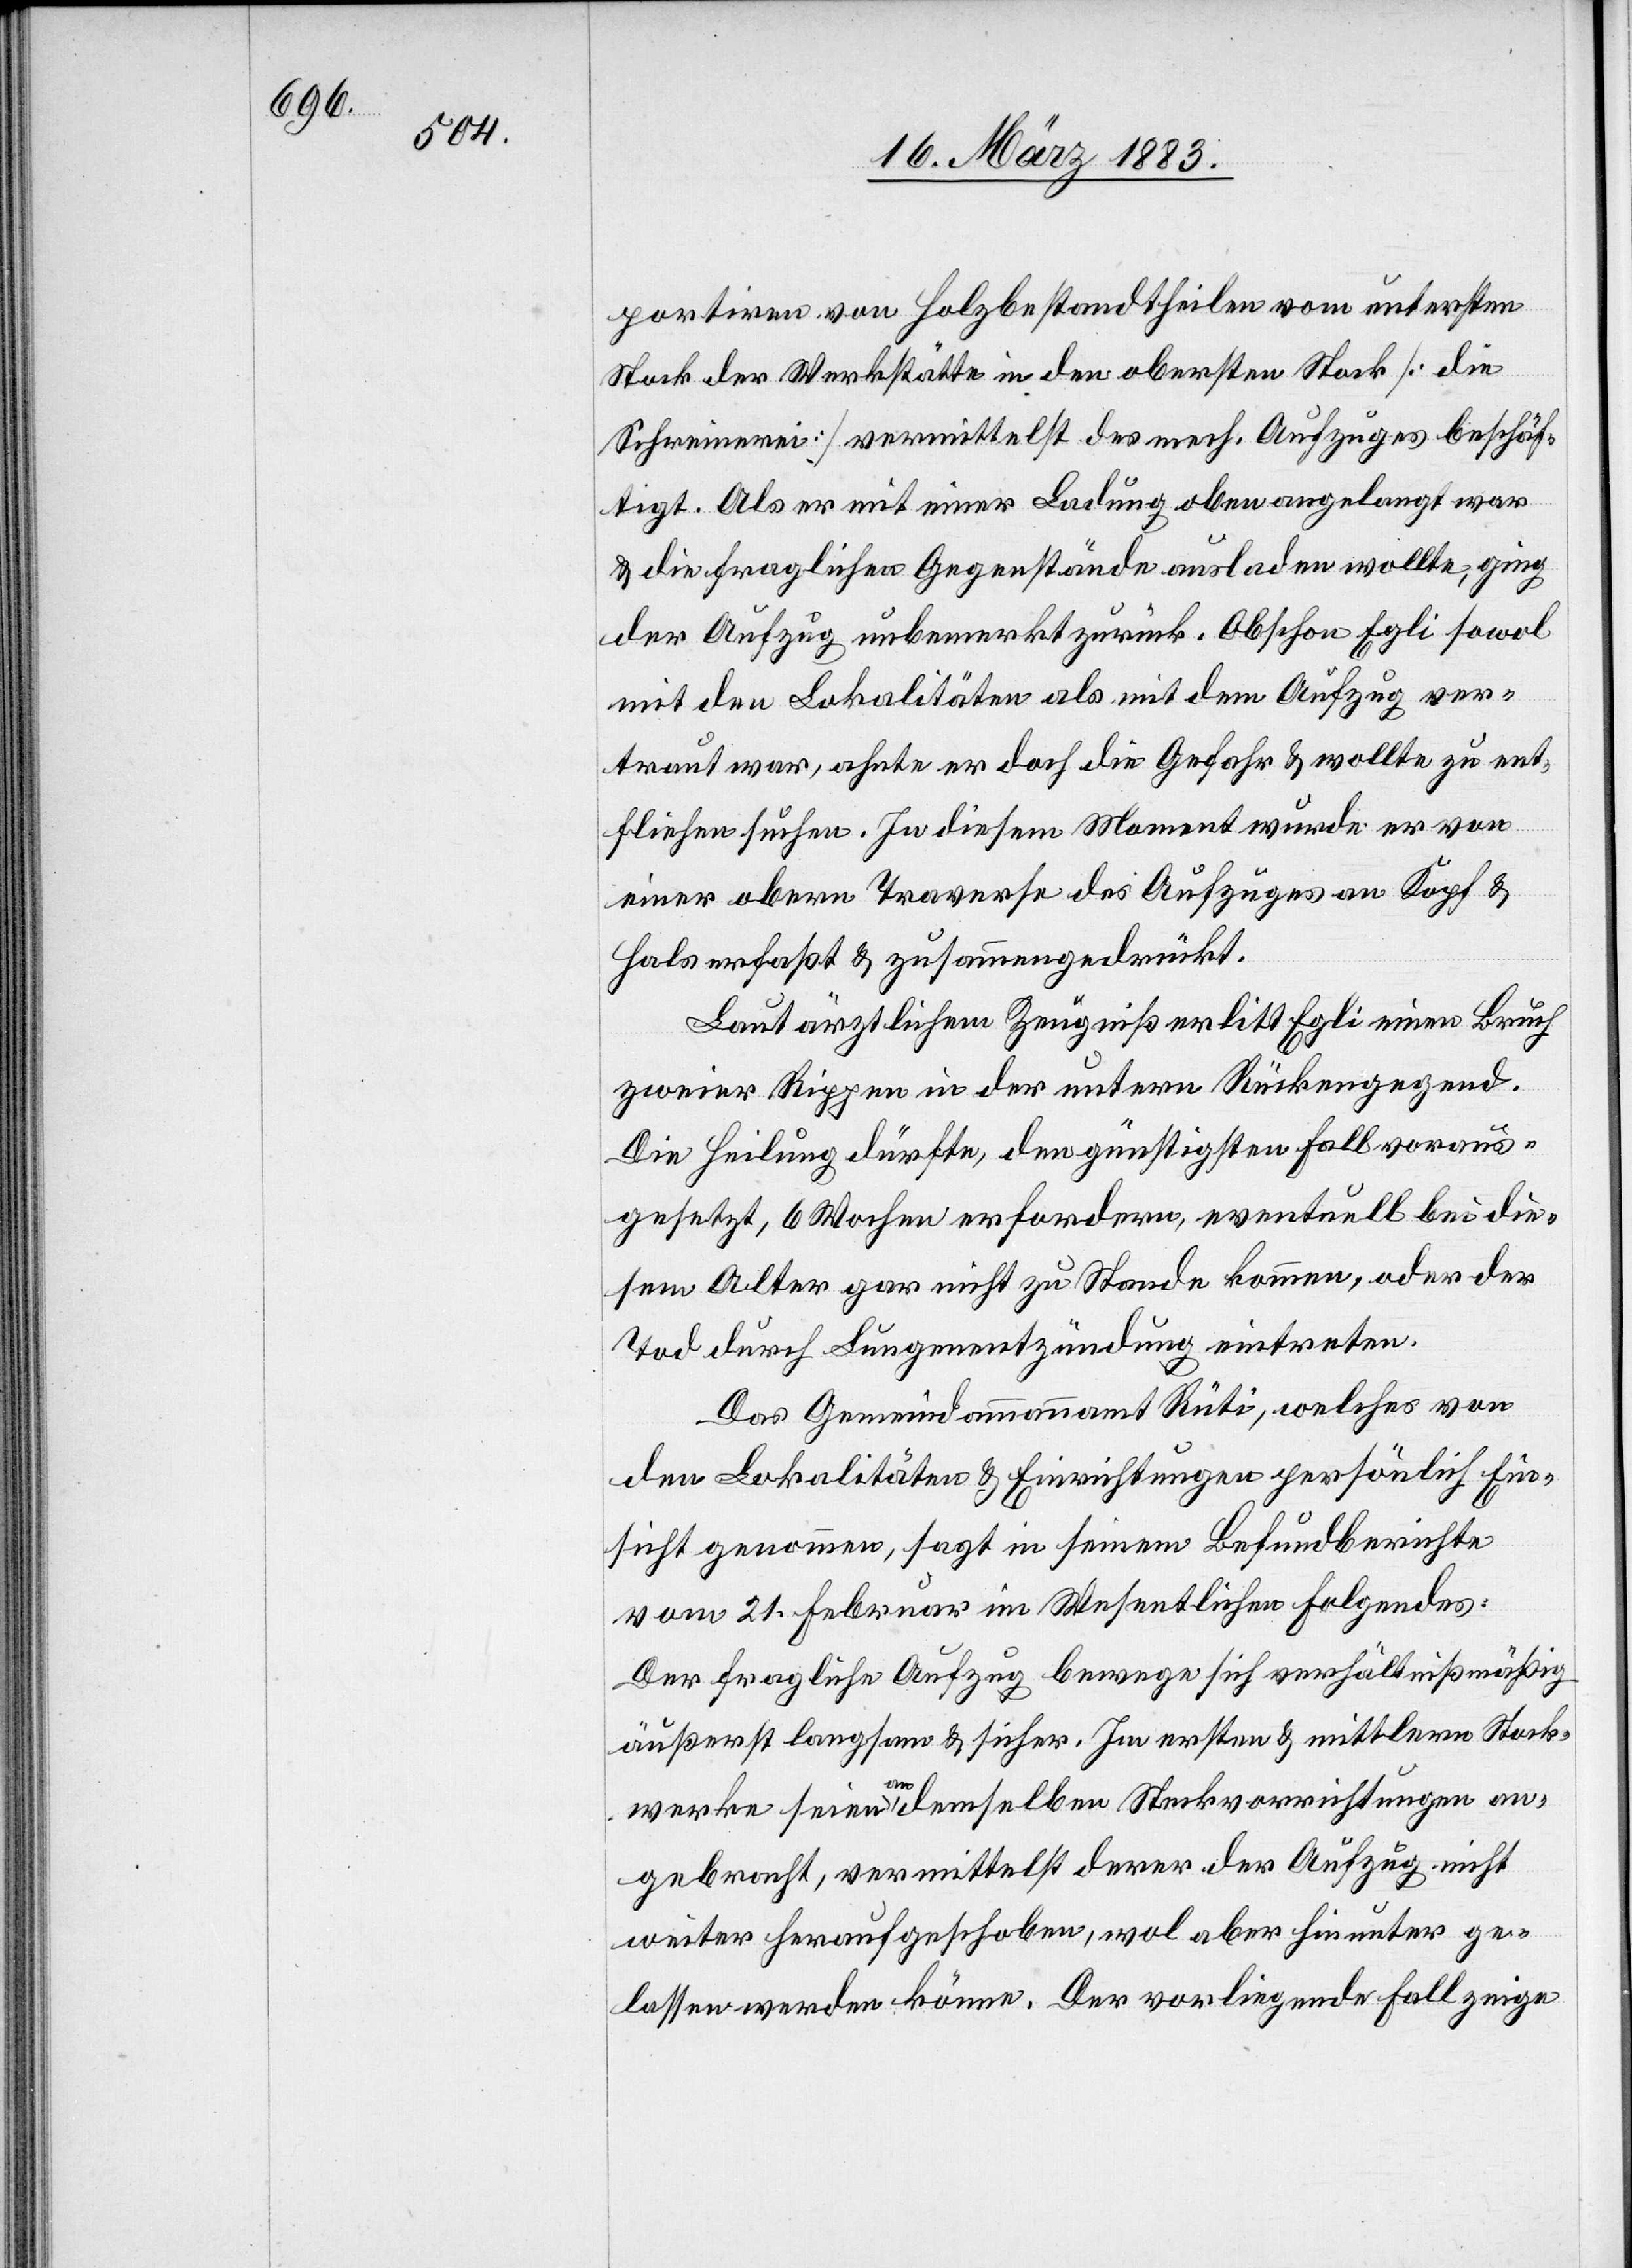
1882,

Einsicht: